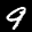
Label: 9